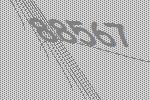
88567